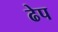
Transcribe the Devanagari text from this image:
ढेप